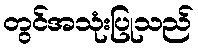
တွင်အသုံးပြုသည်